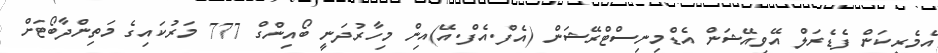
އެމެރިކަން ފެޑެރަލް އޭވިއޭޝަން އެޑްމިނިސްޓްރޭޝަން (އެފް.އެފް.އޭ)އިން މިހާރުދަނީ ބޯއިންގް 777 މަރުކައިގެ މަތިންދާބޯޓަށް